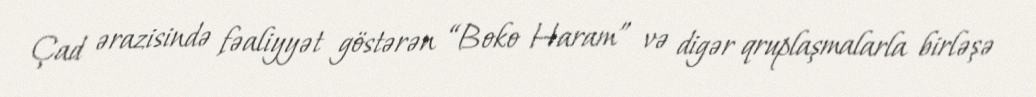
Çad ərazisində fəaliyyət göstərən “Boko Haram” və digər qruplaşmalarla birləşə